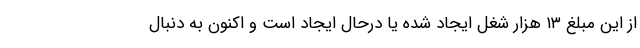
از این مبلغ ۱۳ هزار شغل ایجاد شده یا درحال ایجاد است و اکنون به دنبال